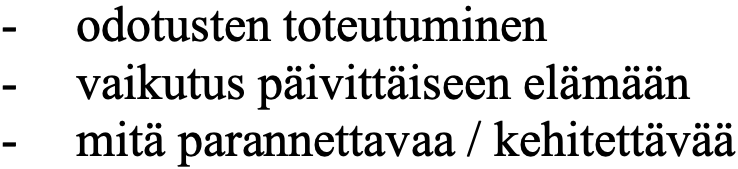
- odotusten toteutuminen - vaikutus päivittäiseen elämään - mitä parannettavaa / kehitettävää